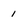
Character: 1